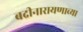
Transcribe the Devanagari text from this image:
बद्रीनारायणाच्या